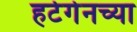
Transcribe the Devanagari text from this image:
हर्टगेनच्या